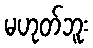
မဟုတ်ဘူး